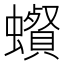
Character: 𧓩